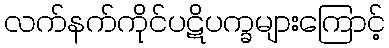
လက်နက်ကိုင်ပဋိပက္ခများကြောင့်